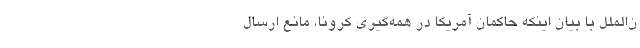
ن‌الملل با بیان اینکه حاکمان آمریکا در همه‌گیری کرونا، مانع ارسال